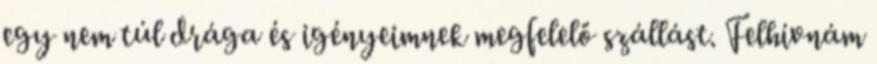
egy nem túl drága és igényeimnek megfelelő szállást. Felhívnám